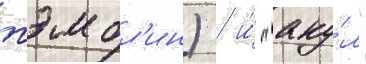
тэмбл'ин) / и́ "аку́л"